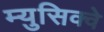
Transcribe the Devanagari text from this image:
म्युसिक्वे